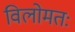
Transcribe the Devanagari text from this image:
विलोमतः